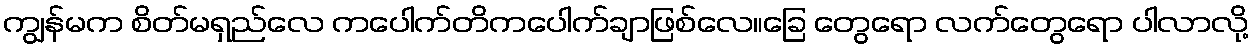
ကျွန်မက စိတ်မရှည်လေ ကပေါက်တိကပေါက်ချာဖြစ်လေ။ခြေ တွေရော လက်တွေရော ပါလာလို့